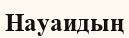
Науаидың